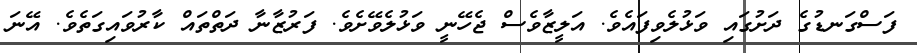
ފަސްގަނޑުގެ ދަށުގައި ވަޅުލެވިފައެވެ. އަލީޒާވެސް ޖެހޭނީ ވަޅުލެވޭށެވެ. ފަރުޒާނާ ދަތްތައް ކާރުވައިގަތެވެ. އޭނަ